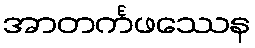
အာတင်္ကဖဿေန